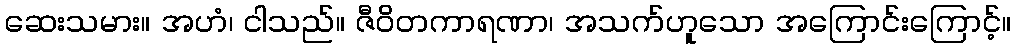
ဆေးသမား။ အဟံ၊ ငါသည်။ ဇီဝိတကာရဏာ၊ အသက်ဟူသော အကြောင်းကြောင့်။